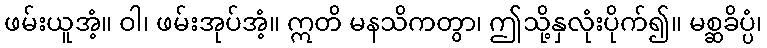
ဖမ်းယူအံ့။ ဝါ၊ ဖမ်းအုပ်အံ့။ ဣတိ မနသိကတွာ၊ ဤသို့နှလုံးပိုက်၍။ မစ္ဆခိပ္ပံ၊